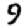
Digit: 9